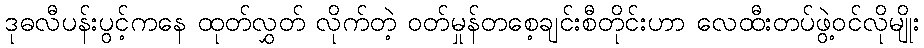
ဒုဓလီပန်းပွင့်ကနေ ထုတ်လွှတ် လိုက်တဲ့ ဝတ်မှုန်တစေ့ချင်းစီတိုင်းဟာ လေထီးတပ်ဖွဲ့ဝင်လိုမျိုး